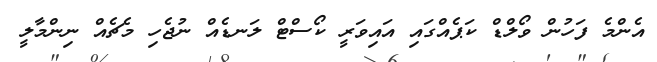
އެންމެ ފަހުން ވޯލްޑް ކަޕެއްގައި އައިވަރީ ކޯސްޓް ލަނޑެއް ނުޖެހި މެޗެއް ނިންމާލީ